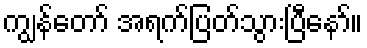
ကျွန်တော် အရက်ပြတ်သွားပြီနော်။